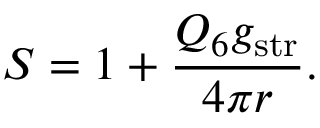
S = 1 + \frac { Q _ { 6 } g _ { \mathrm { s t r } } } { 4 \pi r } .